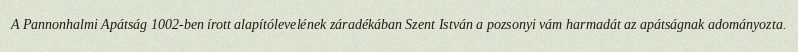
A Pannonhalmi Apátság 1002-ben írott alapítólevelének záradékában Szent István a pozsonyi vám harmadát az apátságnak adományozta.